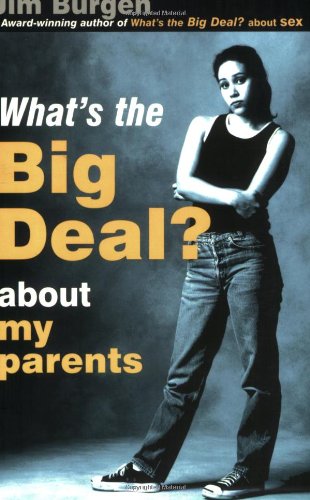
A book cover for What's the Big Deal: About My Parents; Jim Burgen; Teen & Young Adult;